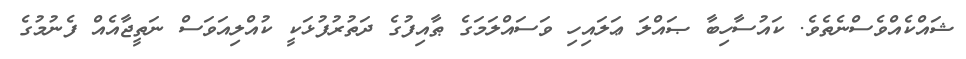
ޝައްކެއްވެސްނެތެވެ. ކައުސާހިބާ ޞައްލަ ޢަލައިހި ވަސައްލަމަގެ ޠާއިފުގެ ދަތުރުފުޅަކީ ކުއްލިއަވަސް ނަތީޖާއެއް ފެނުމުގެ